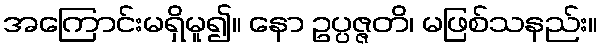
အကြောင်းမရှိမူ၍။ နော ဥပ္ပဇ္ဇတိ၊ မဖြစ်သနည်း။